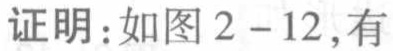
证明：如图2 - 12，有